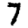
Digit: 7